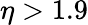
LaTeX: \eta>1.9